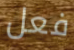
فعل